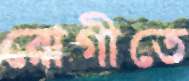
রোগীতে